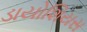
ડાયોશિયસ